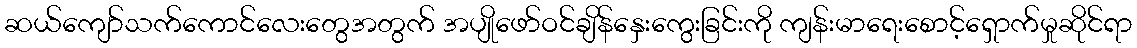
ဆယ်ကျော်သက်ကောင်လေးတွေအတွက် အပျိုဖော်ဝင်ချိန်နှေးကွေးခြင်းကို ကျန်းမာရေးစောင့်ရှောက်မှုဆိုင်ရာ